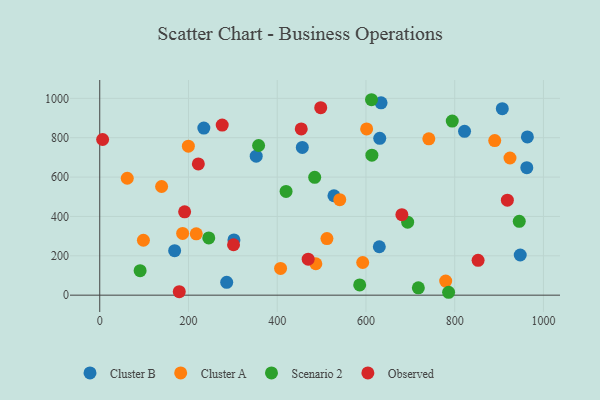
{"axis": {"x": "Price", "y": "Demand"}, "legend": ["Cluster A", "Cluster B", "Observed", "Scenario 2"], "data": [{"x": "456.5", "y": 750.4, "type": "Cluster B"}, {"x": "947.6", "y": 204.1, "type": "Cluster B"}, {"x": "630.0", "y": 245.9, "type": "Cluster B"}, {"x": "168.8", "y": 226.0, "type": "Cluster B"}, {"x": "631.0", "y": 797.0, "type": "Cluster B"}, {"x": "527.8", "y": 505.0, "type": "Cluster B"}, {"x": "302.4", "y": 280.9, "type": "Cluster B"}, {"x": "963.7", "y": 803.9, "type": "Cluster B"}, {"x": "352.6", "y": 706.0, "type": "Cluster B"}, {"x": "634.0", "y": 977.2, "type": "Cluster B"}, {"x": "822.1", "y": 832.4, "type": "Cluster B"}, {"x": "962.4", "y": 647.8, "type": "Cluster B"}, {"x": "234.6", "y": 849.2, "type": "Cluster B"}, {"x": "286.1", "y": 65.1, "type": "Cluster B"}, {"x": "907.2", "y": 947.5, "type": "Cluster B"}, {"x": "924.5", "y": 697.0, "type": "Cluster A"}, {"x": "540.9", "y": 485.0, "type": "Cluster A"}, {"x": "890.1", "y": 785.6, "type": "Cluster A"}, {"x": "186.8", "y": 313.6, "type": "Cluster A"}, {"x": "601.5", "y": 844.5, "type": "Cluster A"}, {"x": "512.0", "y": 287.3, "type": "Cluster A"}, {"x": "407.5", "y": 136.1, "type": "Cluster A"}, {"x": "741.6", "y": 794.4, "type": "Cluster A"}, {"x": "139.4", "y": 552.1, "type": "Cluster A"}, {"x": "217.5", "y": 311.8, "type": "Cluster A"}, {"x": "779.6", "y": 71.5, "type": "Cluster A"}, {"x": "98.4", "y": 278.9, "type": "Cluster A"}, {"x": "199.7", "y": 756.8, "type": "Cluster A"}, {"x": "592.6", "y": 165.9, "type": "Cluster A"}, {"x": "487.0", "y": 159.6, "type": "Cluster A"}, {"x": "62.0", "y": 594.0, "type": "Cluster A"}, {"x": "786.2", "y": 14.7, "type": "Scenario 2"}, {"x": "358.0", "y": 760.4, "type": "Scenario 2"}, {"x": "794.4", "y": 884.6, "type": "Scenario 2"}, {"x": "693.9", "y": 370.9, "type": "Scenario 2"}, {"x": "612.4", "y": 993.0, "type": "Scenario 2"}, {"x": "945.4", "y": 375.3, "type": "Scenario 2"}, {"x": "484.4", "y": 598.5, "type": "Scenario 2"}, {"x": "419.9", "y": 527.2, "type": "Scenario 2"}, {"x": "613.3", "y": 711.1, "type": "Scenario 2"}, {"x": "585.8", "y": 52.0, "type": "Scenario 2"}, {"x": "718.0", "y": 37.4, "type": "Scenario 2"}, {"x": "91.0", "y": 124.2, "type": "Scenario 2"}, {"x": "245.7", "y": 291.0, "type": "Scenario 2"}, {"x": "301.5", "y": 256.2, "type": "Observed"}, {"x": "454.1", "y": 844.6, "type": "Observed"}, {"x": "469.7", "y": 182.8, "type": "Observed"}, {"x": "852.6", "y": 177.0, "type": "Observed"}, {"x": "191.3", "y": 423.4, "type": "Observed"}, {"x": "179.2", "y": 17.7, "type": "Observed"}, {"x": "6.5", "y": 790.9, "type": "Observed"}, {"x": "680.9", "y": 409.0, "type": "Observed"}, {"x": "918.6", "y": 482.4, "type": "Observed"}, {"x": "498.0", "y": 952.6, "type": "Observed"}, {"x": "222.2", "y": 667.0, "type": "Observed"}, {"x": "276.0", "y": 864.1, "type": "Observed"}]}